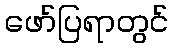
ဖော်ပြရာတွင်